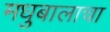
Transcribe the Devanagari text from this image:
मधुबालाचा